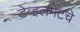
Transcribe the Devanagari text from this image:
डेव्हलमेंटचे